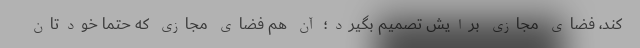
کند، فضای مجازی برایش تصمیم بگیرد؛ آن هم فضای مجازی که حتما خودتان